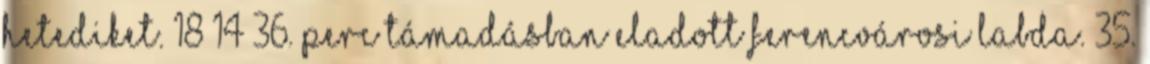
hetediket. 18–14 36. perc Támadásban eladott ferencvárosi labda. 35.